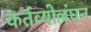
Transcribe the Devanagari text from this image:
कर्तव्योल्लंघन